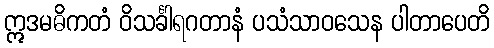
ဣဒမဓိကတံ ဝိသင်္ခါရဂတာနံ ပသံသာဝသေန ပါတာပေတိ